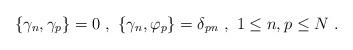
LaTeX: \begin{align*}\{ \gamma_n,\gamma_p\}=0\ ,\ \{ \gamma_n,\varphi_p\}=\delta_{pn}\ ,\ 1\leq n,p\leq N\ .\end{align*}